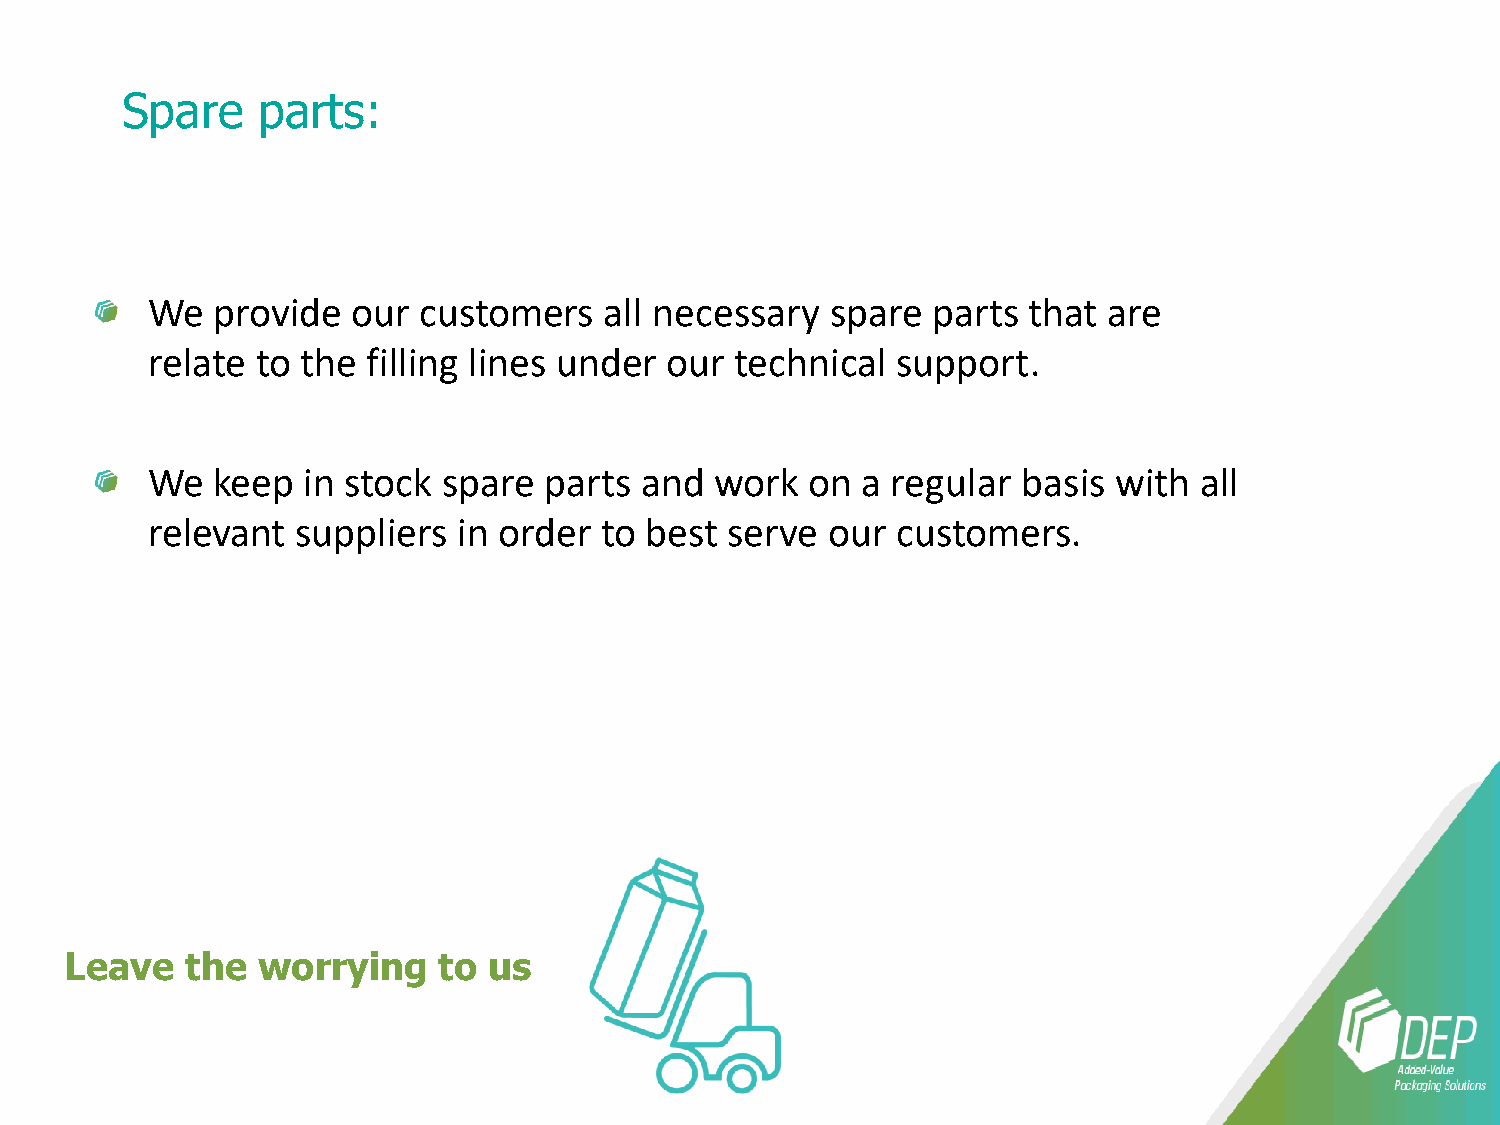
Spare    parts:
 We  provide  our  customers   all necessary  spare  parts that are
 relate to the filling lines under our  technical support.
 We  keep  in stock spare  parts and  work   on a regular  basis with all
 relevant  suppliers in order  to best serve  our customers.
 Leave   the  worrying    to us